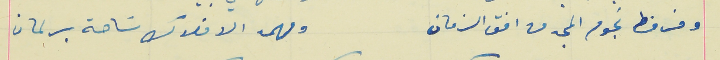
وفرفط نجوم المجد من افق الزمان                                 ومهمد الافلاك سَاحة برلمان